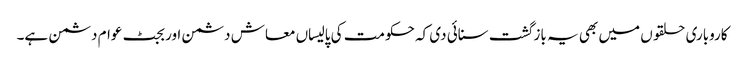
کاروباری حلقو ں میں بھی یہ باز گشت سنائی دی کہ حکومت کی پالیساں معاش دشمن اور بجٹ عوام دشمن ہے۔